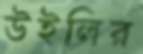
উইলির